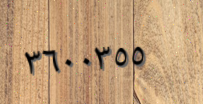
٣٦٠٠٣٥٥